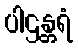
ပါဌန္တရံ